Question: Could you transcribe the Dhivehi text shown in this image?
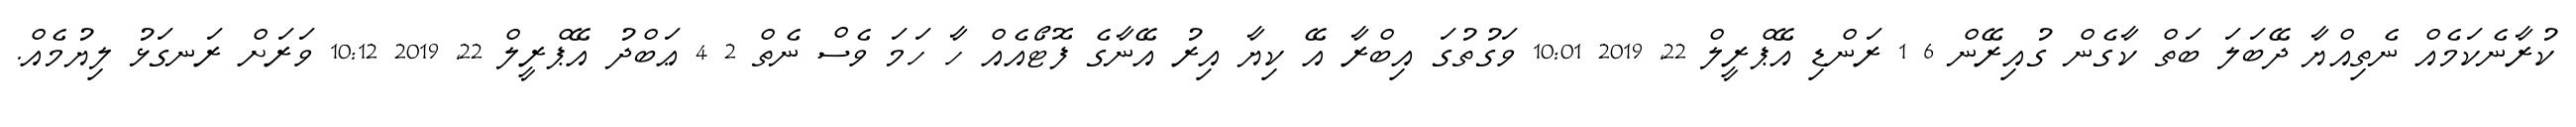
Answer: ކުރާނެކަމެއް ނެތިއްޔާ ދޭބަލަ ބަތް ކާގެން ގުއިރޭން 6 1 ރަންޑި އޭޕްރީލް 22, 2019 10:01 ވަގުތުގަ އިބްރާ އޭ ކިޔާ އިރު އޭނާގެ ފޮޓޯއެއް ހާ ހަމަ ވެސް ނެތް 2 4 ޢަބްދު އޭޕްރީލް 22, 2019 10:12 ވަރަށް ރަނގަޅު ލިޔުމެއް.